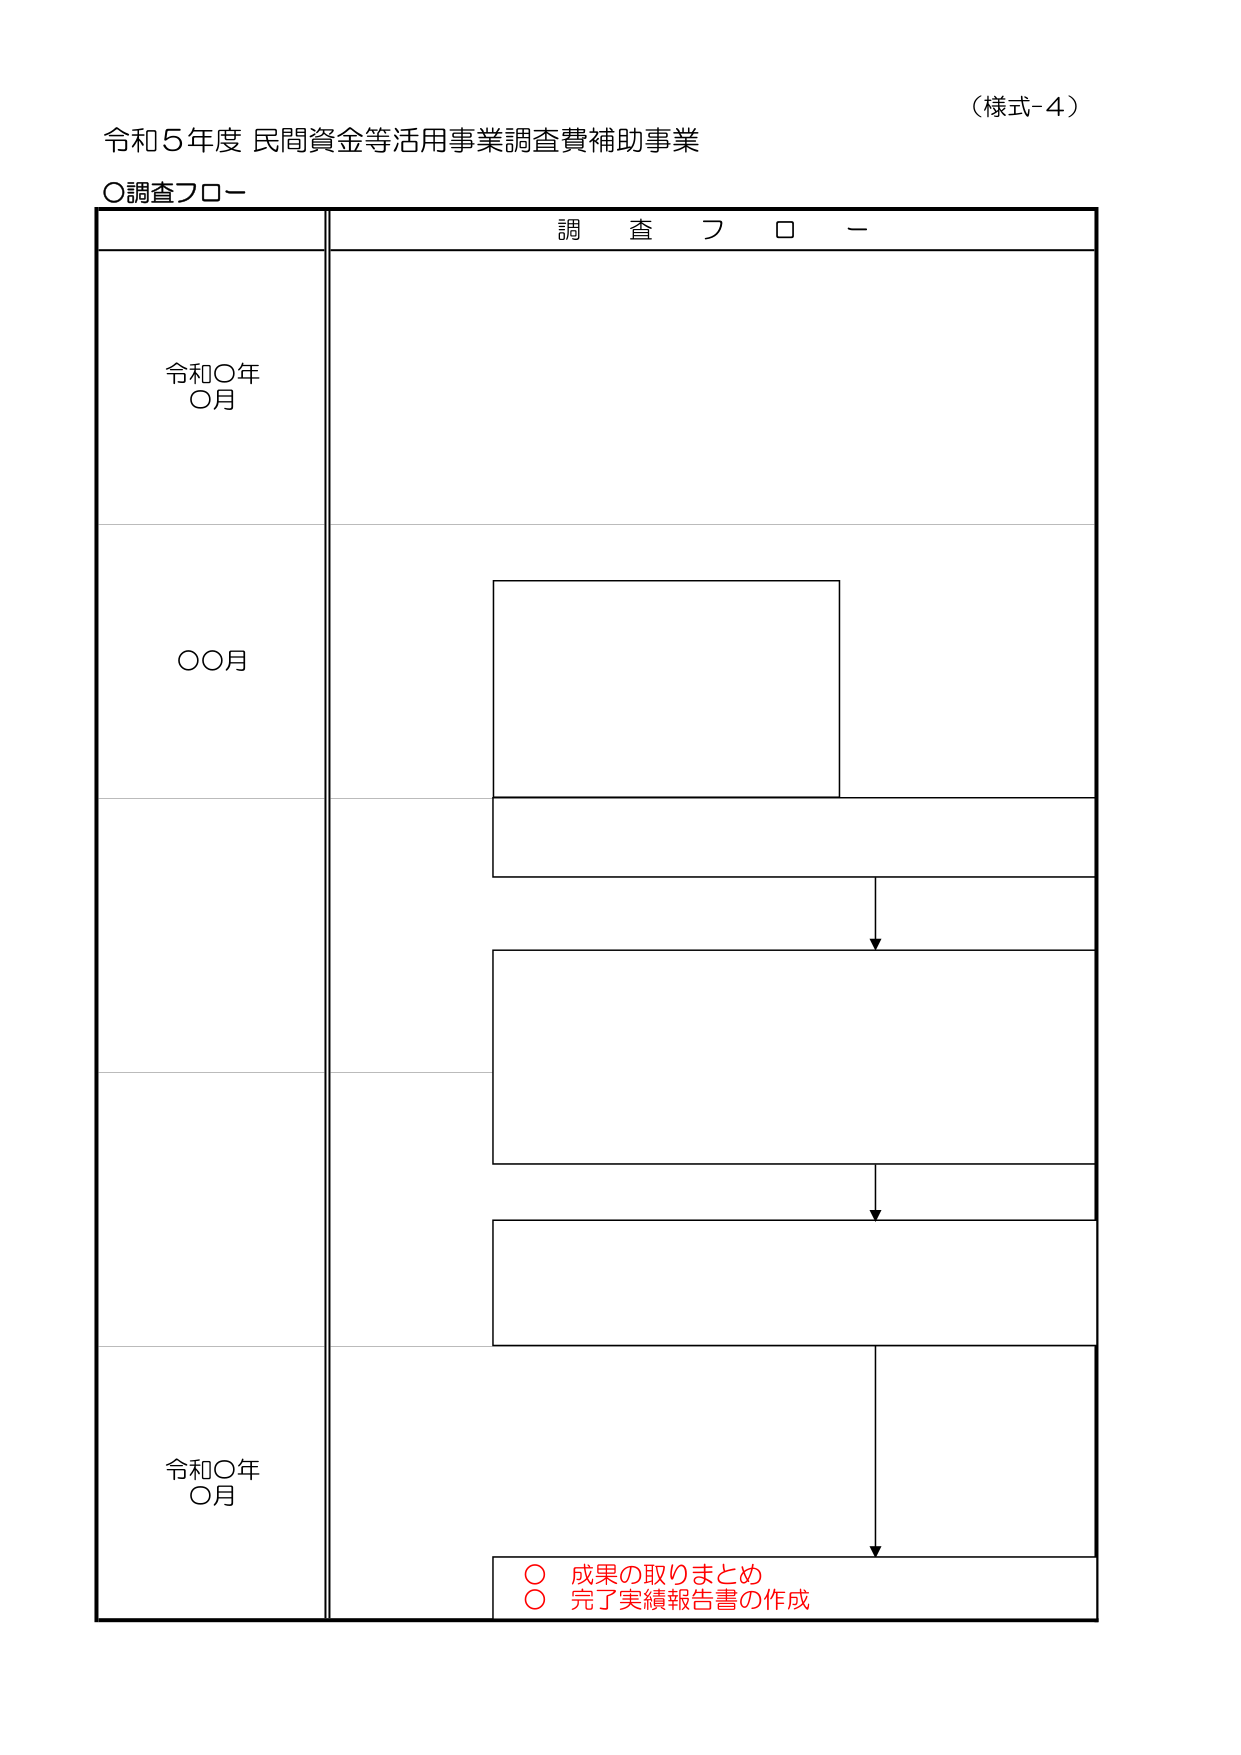
（様式-4）

令和5年度 民間資金等活用事業調査費補助事業

○調査フロー

調査フロー

令和○年
○月

○○月

令和○年
○月

○ 成果の取りまとめ
○ 完了実績報告書の作成